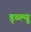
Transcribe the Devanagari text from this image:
ड्ब्ल्यू